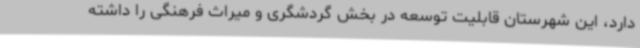
دارد، این شهرستان قابلیت توسعه در بخش گردشگری و میراث فرهنگی را داشته